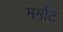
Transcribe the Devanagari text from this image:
मर्मोट